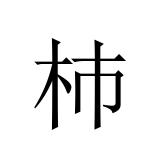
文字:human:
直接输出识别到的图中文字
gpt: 杮